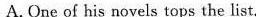
A.One of his novels tops the list.